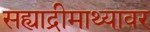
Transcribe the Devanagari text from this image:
सह्याद्रीमाथ्यावर